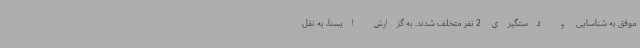
موفق به شناسایی و دستگیری 2 نفر متخلف شدند. به گزارش ایسنا، به نقل